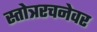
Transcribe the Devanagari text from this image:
स्तोत्ररचनेवर